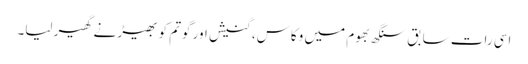
اسی رات سابق سنگھ بھوم میں وکاس، گنیش اور گوتم کو بھیڑ نے گھیر لیا۔